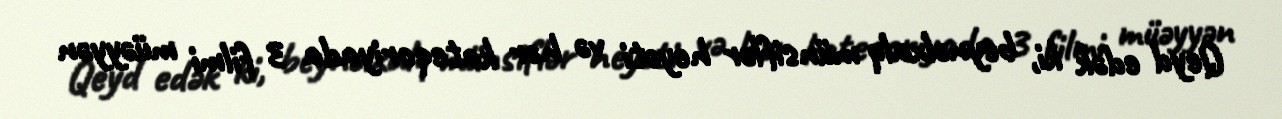
Qeyd edək ki, beynəlxalq münsiflər heyəti və hər kateqoriyada 3 filmi müəyyən